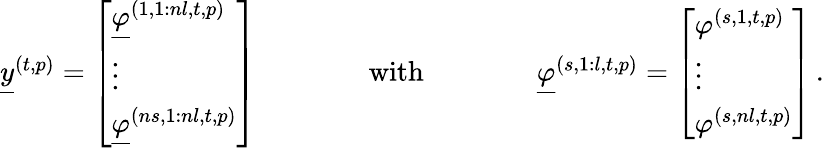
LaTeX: \begin{array}{r}{\underline{{y}}^{(t,p)}=\left[\begin{array}{l}{\underline{{\varphi}}^{(1,1:nl,t,p)}}\\ {\vdots}\\ {\underline{{\varphi}}^{(ns,1:nl,t,p)}}\end{array}\right]\qquad\qquad\mathrm{with}\qquad\qquad\underline{{\varphi}}^{(s,1:l,t,p)}=\left[\begin{array}{l}{\varphi^{(s,1,t,p)}}\\ {\vdots}\\ {\varphi^{(s,nl,t,p)}}\end{array}\right]\, .}\end{array}